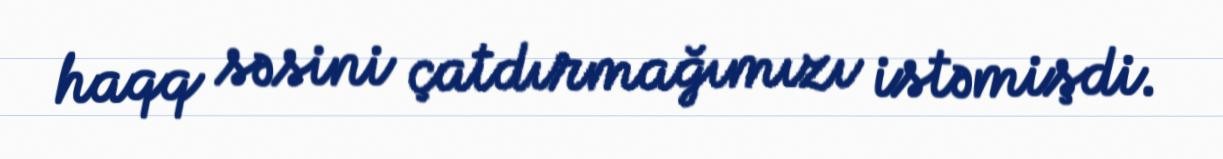
haqq səsini çatdırmağımızı istəmişdi.